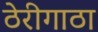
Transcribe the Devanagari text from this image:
ठेरीगाठा